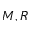
M , R